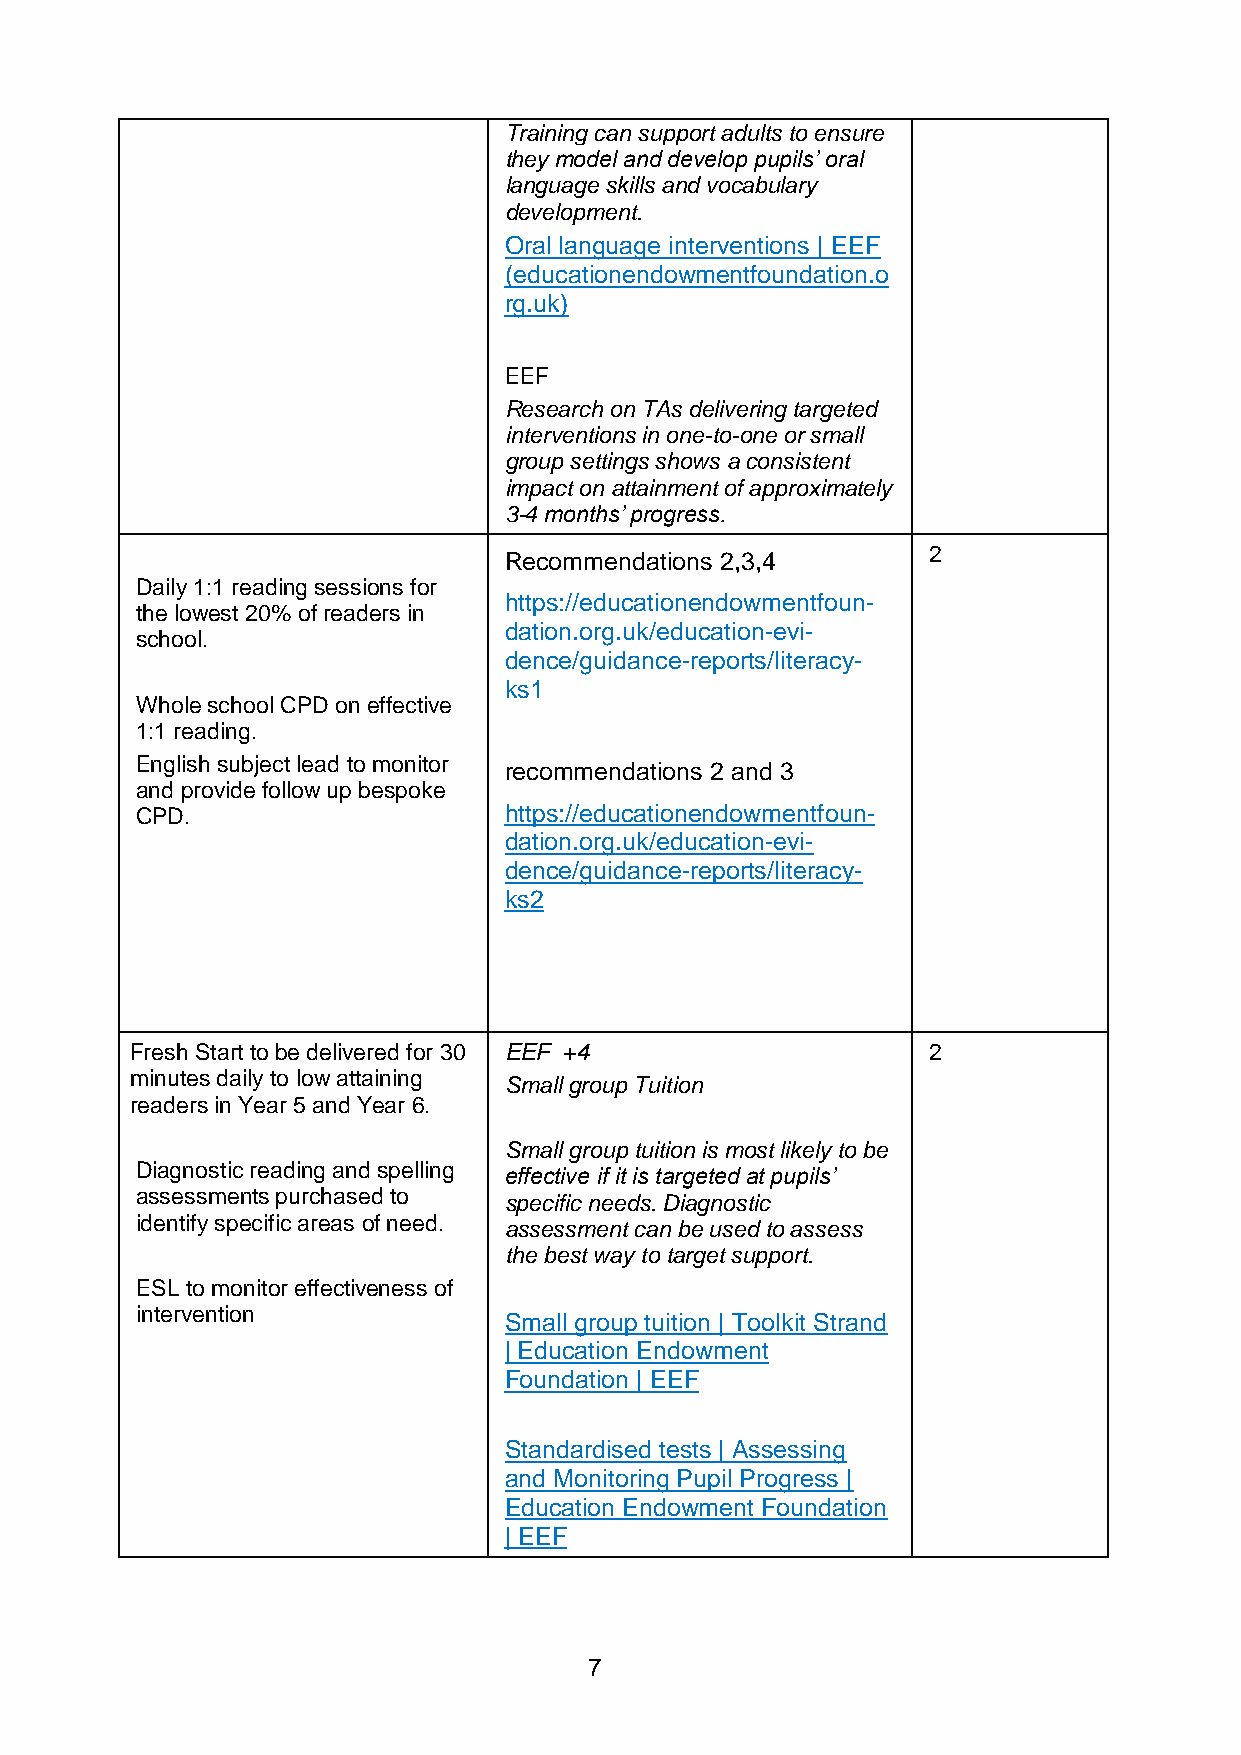
Training can support adults to ensure
 they model and develop pupils’ oral
 language skills and vocabulary
 development.
 Oral language interventions | EEF
 (educationendowmentfoundation.o
 rg.uk)
 EEF
 Research on TAs delivering targeted
 interventions in one-to-one or small
 group settings shows a consistent
 impact on attainment of approximately
 3-4 months’ progress.
 2
 Recommendations 2,3,4
 Daily 1:1 reading sessions for
 https://educationendowmentfoun-
 the lowest 20% of readers in
 dation.org.uk/education-evi-
 school.
 dence/guidance-reports/literacy-
 ks1
 Whole school CPD on effective
 1:1 reading.
 English subject lead to monitor
 recommendations 2 and 3
 and provide follow up bespoke
 CPD.                    https://educationendowmentfoun-
 dation.org.uk/education-evi-
 dence/guidance-reports/literacy-
 ks2
 Fresh Start to be delivered for 30 EEF +4           2
 minutes daily to low attaining Small group Tuition
 readers in Year 5 and Year 6.
 Small group tuition is most likely to be
 Diagnostic reading and spelling effective if it is targeted at pupils’
 assessments purchased to specific needs. Diagnostic
 identify specific areas of need. assessment can be used to assess
 the best way to target support.
 ESL to monitor effectiveness of
 intervention
 Small group tuition | Toolkit Strand
 | Education Endowment
 Foundation | EEF
 Standardised tests | Assessing
 and Monitoring Pupil Progress |
 Education Endowment Foundation
 | EEF
 7